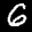
Label: 6